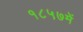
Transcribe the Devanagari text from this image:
१८५७में